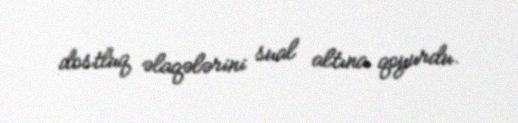
dostluq əlaqələrini sual altına qoyurdu.